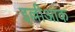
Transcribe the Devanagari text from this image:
इल्लीआक